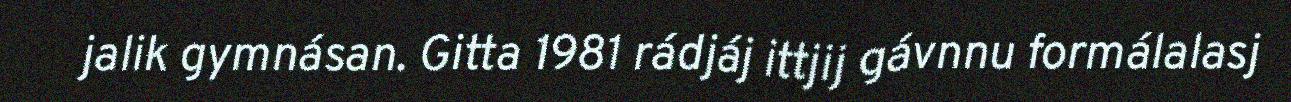
jalik gymnásan. Gitta 1981 rádjáj ittjij gávnnu formálalasj